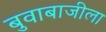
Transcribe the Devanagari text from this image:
बुवाबाजीला